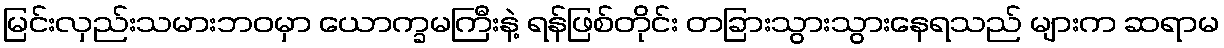
မြင်းလှည်းသမားဘဝမှာ ယောက္ခမကြီးနဲ့ ရန်ဖြစ်တိုင်း တခြားသွားသွားနေရသည် များက ဆရာမ